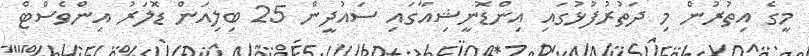
މީގެ އިތުރުން މި ދަތުރުފުޅުގައި އިންޑޮނީޝިއާގައި ސައުދީން 25 ބިލިއަން ޑޮލަރު އިންވެސްޓް